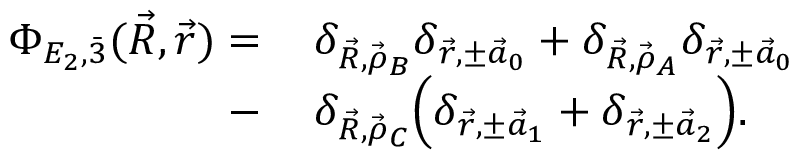
\begin{array} { r l } { \Phi _ { E _ { 2 } , \Bar 3 } ( \vec { R } , \vec { r } ) = \, } & { { } \delta _ { \vec { R } , \vec { \rho } _ { B } } \delta _ { \vec { r } , \pm \vec { a } _ { 0 } } + \delta _ { \vec { R } , \vec { \rho } _ { A } } \delta _ { \vec { r } , \pm \vec { a } _ { 0 } } } \\ { - \, } & { { } \delta _ { \vec { R } , \vec { \rho } _ { C } } \Big ( \delta _ { \vec { r } , \pm \vec { a } _ { 1 } } + \delta _ { \vec { r } , \pm \vec { a } _ { 2 } } \Big ) . } \end{array}